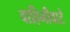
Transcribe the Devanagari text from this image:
वाहिनीवाटे